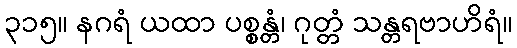
၃၁၅။ နဂရံ ယထာ ပစ္စန္တံ၊ ဂုတ္တံ သန္တရဗာဟိရံ။